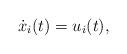
LaTeX: \begin{align*}\ensuremath{{\dot{x}_{i}}(t)={u_{i}}(t)},\quad\end{align*}